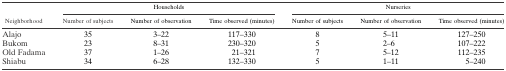
<table><thead><tr><td rowspan="2"><b>Neighborhood</b></td><td colspan="3"><b>Households</b></td><td colspan="3"><b>Nurseries</b></td></tr><tr><td><b>Number of subjects</b></td><td><b>Number of observation</b></td><td><b>Time observed (minutes)</b></td><td><b>Number of subjects</b></td><td><b>Number of observation</b></td><td><b>Time observed (minutes)</b></td></tr></thead><tbody><tr><td>Alajo</td><td>35</td><td>3–22</td><td>117–330</td><td>8</td><td>5–11</td><td>127–250</td></tr><tr><td>Bukom</td><td>23</td><td>8–31</td><td>230–320</td><td>5</td><td>2–6</td><td>107–222</td></tr><tr><td>Old Fadama</td><td>37</td><td>1–26</td><td>21–321</td><td>7</td><td>5–12</td><td>112–235</td></tr><tr><td>Shiabu</td><td>34</td><td>6–28</td><td>132–330</td><td>5</td><td>1–11</td><td>5–240</td></tr></tbody></table>